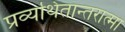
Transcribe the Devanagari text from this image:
प्रव्यथितान्तरात्मा